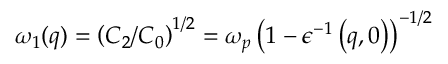
\omega _ { 1 } ( q ) = \left( C _ { 2 } / C _ { 0 } \right) ^ { 1 / 2 } = \omega _ { p } \left( 1 - \epsilon ^ { - 1 } \left( q , 0 \right) \right) ^ { - 1 / 2 }